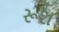
રૂશ